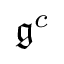
{ \mathfrak { g } } ^ { c }